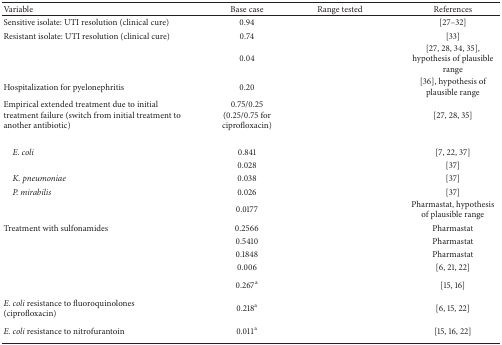
<table><thead><tr><td><b>Variable</b></td><td><b>Base case</b></td><td><b>Range tested</b></td><td><b>References</b></td></tr></thead><tbody><tr><td>Sensitive isolate: UTI resolution (clinical cure)</td><td>0.94</td><td>[EMPTY_CELL]</td><td>[27–32]</td></tr><tr><td>Resistant isolate: UTI resolution (clinical cure)</td><td>0.74</td><td>[EMPTY_CELL]</td><td>[33]</td></tr><tr><td>[EMPTY_CELL]</td><td>0.04</td><td>[EMPTY_CELL]</td><td>[27, 28, 34, 35], hypothesis of plausible range</td></tr><tr><td>Hospitalization for pyelonephritis</td><td>0.20</td><td>[EMPTY_CELL]</td><td>[36], hypothesis of plausible range</td></tr><tr><td>Empirical extended treatment due to initial treatment failure (switch from initial treatment to another antibiotic)</td><td>0.75/0.25(0.25/0.75 for ciprofloxacin)</td><td>[EMPTY_CELL]</td><td>[27, 28, 35]</td></tr><tr><td>[EMPTY_CELL]</td><td>[EMPTY_CELL]</td><td>[EMPTY_CELL]</td><td>[EMPTY_CELL]</td></tr><tr><td> <i>E. coli</i></td><td>0.841</td><td>[EMPTY_CELL]</td><td>[7, 22, 37]</td></tr><tr><td>[EMPTY_CELL]</td><td>0.028</td><td>[EMPTY_CELL]</td><td>[37]</td></tr><tr><td> <i>K. pneumoniae</i></td><td>0.038</td><td>[EMPTY_CELL]</td><td>[37]</td></tr><tr><td> <i>P. mirabilis</i></td><td>0.026</td><td>[EMPTY_CELL]</td><td>[37]</td></tr><tr><td>[EMPTY_CELL]</td><td>0.0177</td><td>[EMPTY_CELL]</td><td>Pharmastat, hypothesis of plausible range</td></tr><tr><td>Treatment with sulfonamides</td><td>0.2566</td><td>[EMPTY_CELL]</td><td>Pharmastat</td></tr><tr><td>[EMPTY_CELL]</td><td>0.5410</td><td>[EMPTY_CELL]</td><td>Pharmastat</td></tr><tr><td>[EMPTY_CELL]</td><td>0.1848</td><td>[EMPTY_CELL]</td><td>Pharmastat</td></tr><tr><td>[EMPTY_CELL]</td><td>0.006</td><td>[EMPTY_CELL]</td><td>[6, 21, 22]</td></tr><tr><td>[EMPTY_CELL]</td><td>0.267<sup>a</sup></td><td>[EMPTY_CELL]</td><td>[15, 16]</td></tr><tr><td><i>E. coli</i> resistance to fluoroquinolones (ciprofloxacin)</td><td>0.218<sup>a</sup></td><td>[EMPTY_CELL]</td><td>[6, 15, 22]</td></tr><tr><td><i>E. coli</i> resistance to nitrofurantoin</td><td>0.011<sup>a</sup></td><td>[EMPTY_CELL]</td><td>[15, 16, 22]</td></tr></tbody></table>